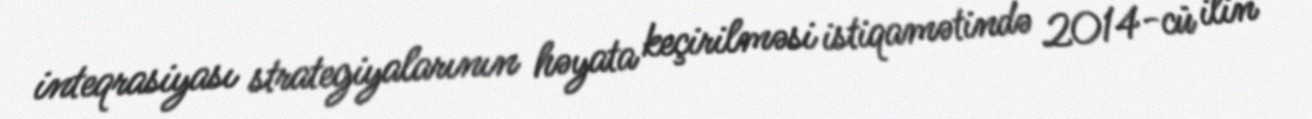
inteqrasiyası strategiyalarının həyata keçirilməsi istiqamətində 2014-cü ilin